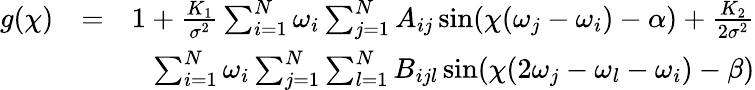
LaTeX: \begin{array}{rlr}{g(\chi)}&{=}&{1+\frac{K_{1}}{\sigma^{2}}\sum_{i=1}^{N}\omega_{i}\sum_{j=1}^{N}A_{ij}\sin(\chi(\omega_{j}-\omega_{i})-\alpha)+\frac{K_{2}}{2\sigma^{2}}}\\ &{}&{\sum_{i=1}^{N}\omega_{i}\sum_{j=1}^{N}\sum_{l=1}^{N}B_{ijl}\sin(\chi(2\omega_{j}-\omega_{l}-\omega_{i})-\beta)}\end{array}